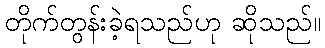
တိုက်တွန်းခဲ့ရသည်ဟု ဆိုသည်။